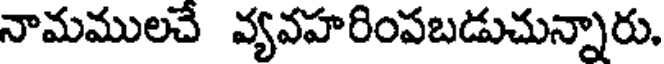
నామములచే వ్యవహరింపబడుచున్నారు.